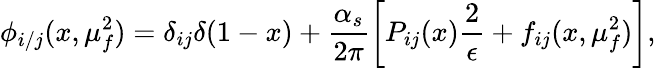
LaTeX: \phi_{i/j}(x,\mu_{f}^{2})=\delta_{ij}\delta(1-x)+\frac{\alpha_{s}}{2\pi}\left[P_{ij}(x)\frac{2}{\epsilon}+f_{ij}(x,\mu_{f}^{2})\right],